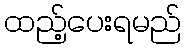
ထည့်ပေးရမည်